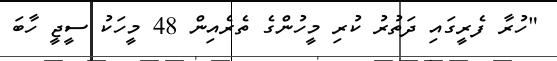
"ހުރާ ފެރީގައި ދަތުރު ކުރި މީހުންގެ ތެރެއިން 48 މީހަކު ސީޖީ ހާބަ